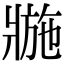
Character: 𤖌